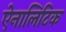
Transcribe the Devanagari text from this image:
ऐनालिटिक